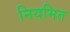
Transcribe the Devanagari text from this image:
नियमित